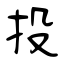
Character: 投